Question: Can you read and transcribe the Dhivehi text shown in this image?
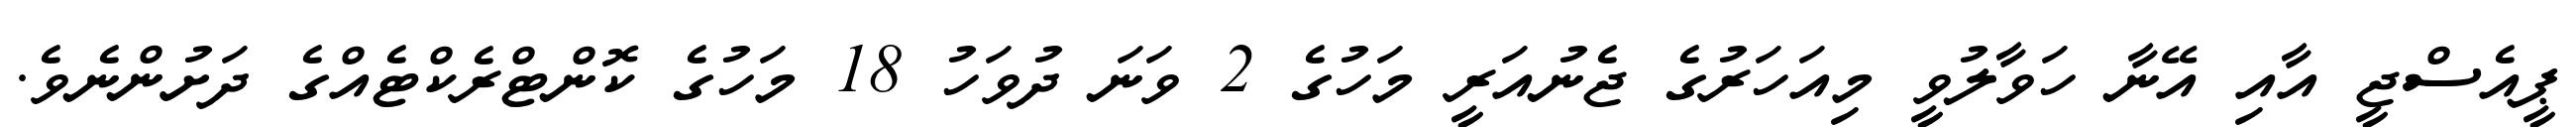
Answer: ޕީއެސްޖީ އާއި އޭނާ ހަވާލުވީ މިއަހަރުގެ ޖެނުއަރީ މަހުގެ 2 ވަނަ ދުވަހު 18 މަހުގެ ކޮންޓްރެކްޓެއްގެ ދަށުންނެވެ.